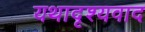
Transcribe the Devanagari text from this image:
यथादृश्यवाद